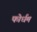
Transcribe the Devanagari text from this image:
फोर्धम